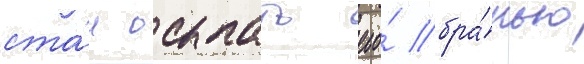
ста́л осыпать его́ бра́нью